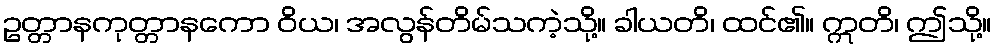
ဥတ္တာနကုတ္တာနကော ဝိယ၊ အလွန်တိမ်သကဲ့သို့။ ခါယတိ၊ ထင်၏။ ဣတိ၊ ဤသို့။